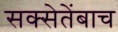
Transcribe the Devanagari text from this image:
सक्सेतेंबाच